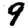
Digit: 9